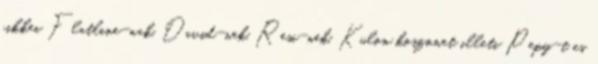
cikkei Flatline-nak, David-nek, Resi-nek. Kulon koszonet illeti Pepy-t es